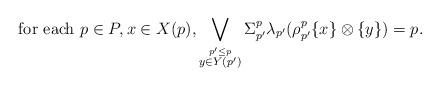
LaTeX: \begin{align*} \hbox{for each } p \in P, x \in X(p), \bigvee_{\stackrel{p' \leq p}{y \in Y(p')}} \Sigma_{p'}^{p} \lambda_{p'} (\rho_{p'}^p\{x\} \otimes \{y\}) = p. \end{align*}